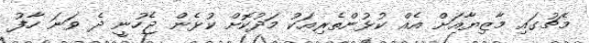
މެޗުގައި މާޒިޔާއަށް އެއް ކުޅުންތެރިއަކު މަދުކޮށް ކުޅެން ޖެހުނީ ދެ ވަނަ ހާފު